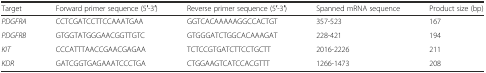
<table><thead><tr><td><b>Target</b></td><td><b>Forward primer sequence (5′-3′)</b></td><td><b>Reverse primer sequence (5′-3′)</b></td><td><b>Spanned mRNA sequence</b></td><td><b>Product size (bp)</b></td></tr></thead><tbody><tr><td><i>PDGFRA</i></td><td>CCTCGATCCTTCCAAATGAA</td><td>GGTCACAAAAAGGCCACTGT</td><td>357-523</td><td>167</td></tr><tr><td><i>PDGFRB</i></td><td>GTGGTATGGGAACGGTTGTC</td><td>GTGGGATCTGGCACAAAGAT</td><td>228-421</td><td>194</td></tr><tr><td><i>KIT</i></td><td>CCCATTTAACCGAACGAGAA</td><td>TCTCCGTGATCTTCCTGCTT</td><td>2016-2226</td><td>211</td></tr><tr><td><i>KDR</i></td><td>GATCGGTGAGAAATCCCTGA</td><td>CTGGAAGTCATCCACGTTT</td><td>1266-1473</td><td>208</td></tr></tbody></table>